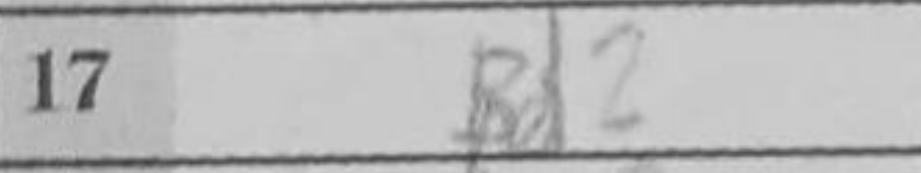
Transcription: Bd2